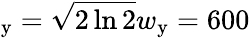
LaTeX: _\mathrm{y}=\sqrt{2\ln 2}w_{\mathrm{y}}=600